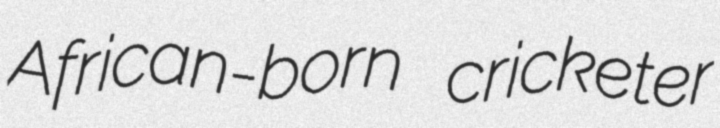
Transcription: African-born cricketer